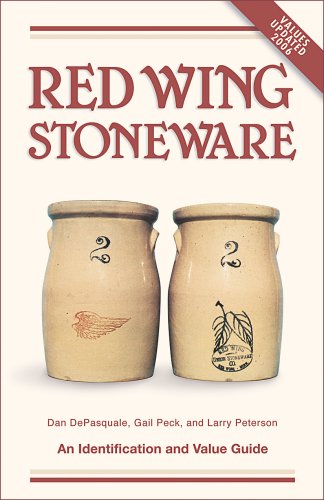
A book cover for Red Wing Stoneware: An Identification and Value Guide; Dan DePasquale; Crafts, Hobbies & Home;